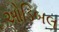
ઓડિબલ